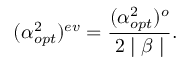
( \alpha _ { o p t } ^ { 2 } ) ^ { e v } = \frac { ( \alpha _ { o p t } ^ { 2 } ) ^ { o } } { 2 \mid \beta \mid } .